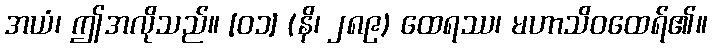
အယံ၊ ဤအလိုသည်။ [၀၁] (နိ၊ ၂၈၉) ထေရဿ၊ မဟာသိဝထေရ်၏။